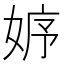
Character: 𡜾